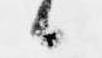
候